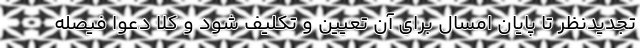
تجدیدنظر تا پایان امسال برای آن تعیین و تکلیف شود و کلا دعوا فیصله